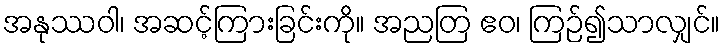
အနုဿဝါ၊ အဆင့်ကြားခြင်းကို။ အညတြ ဧဝ၊ ကြဉ်၍သာလျှင်။